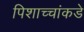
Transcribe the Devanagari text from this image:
पिशाच्चांकडे